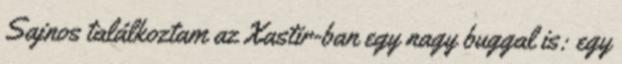
Sajnos találkoztam az Xastir-ban egy nagy buggal is: egy